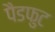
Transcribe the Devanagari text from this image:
पैडफुट